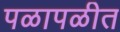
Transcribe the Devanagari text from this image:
पळापळीत